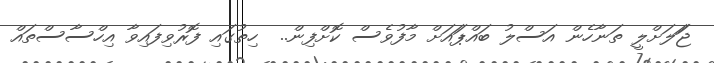
ޖަަަަަލަށްލީ ތަނާހެން އަސްލު ބަަައްޕަަައަށް މާާާފުވެެެެސް ކޮށްްްްްފިން..  ހިތުގައި ފޮރުުުުުުުވިފައިވާ އިިިހްސާސްތައް